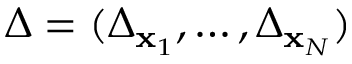
\Delta = ( \Delta _ { { \bf x } _ { 1 } } , \ldots , \Delta _ { { \bf x } _ { N } } )